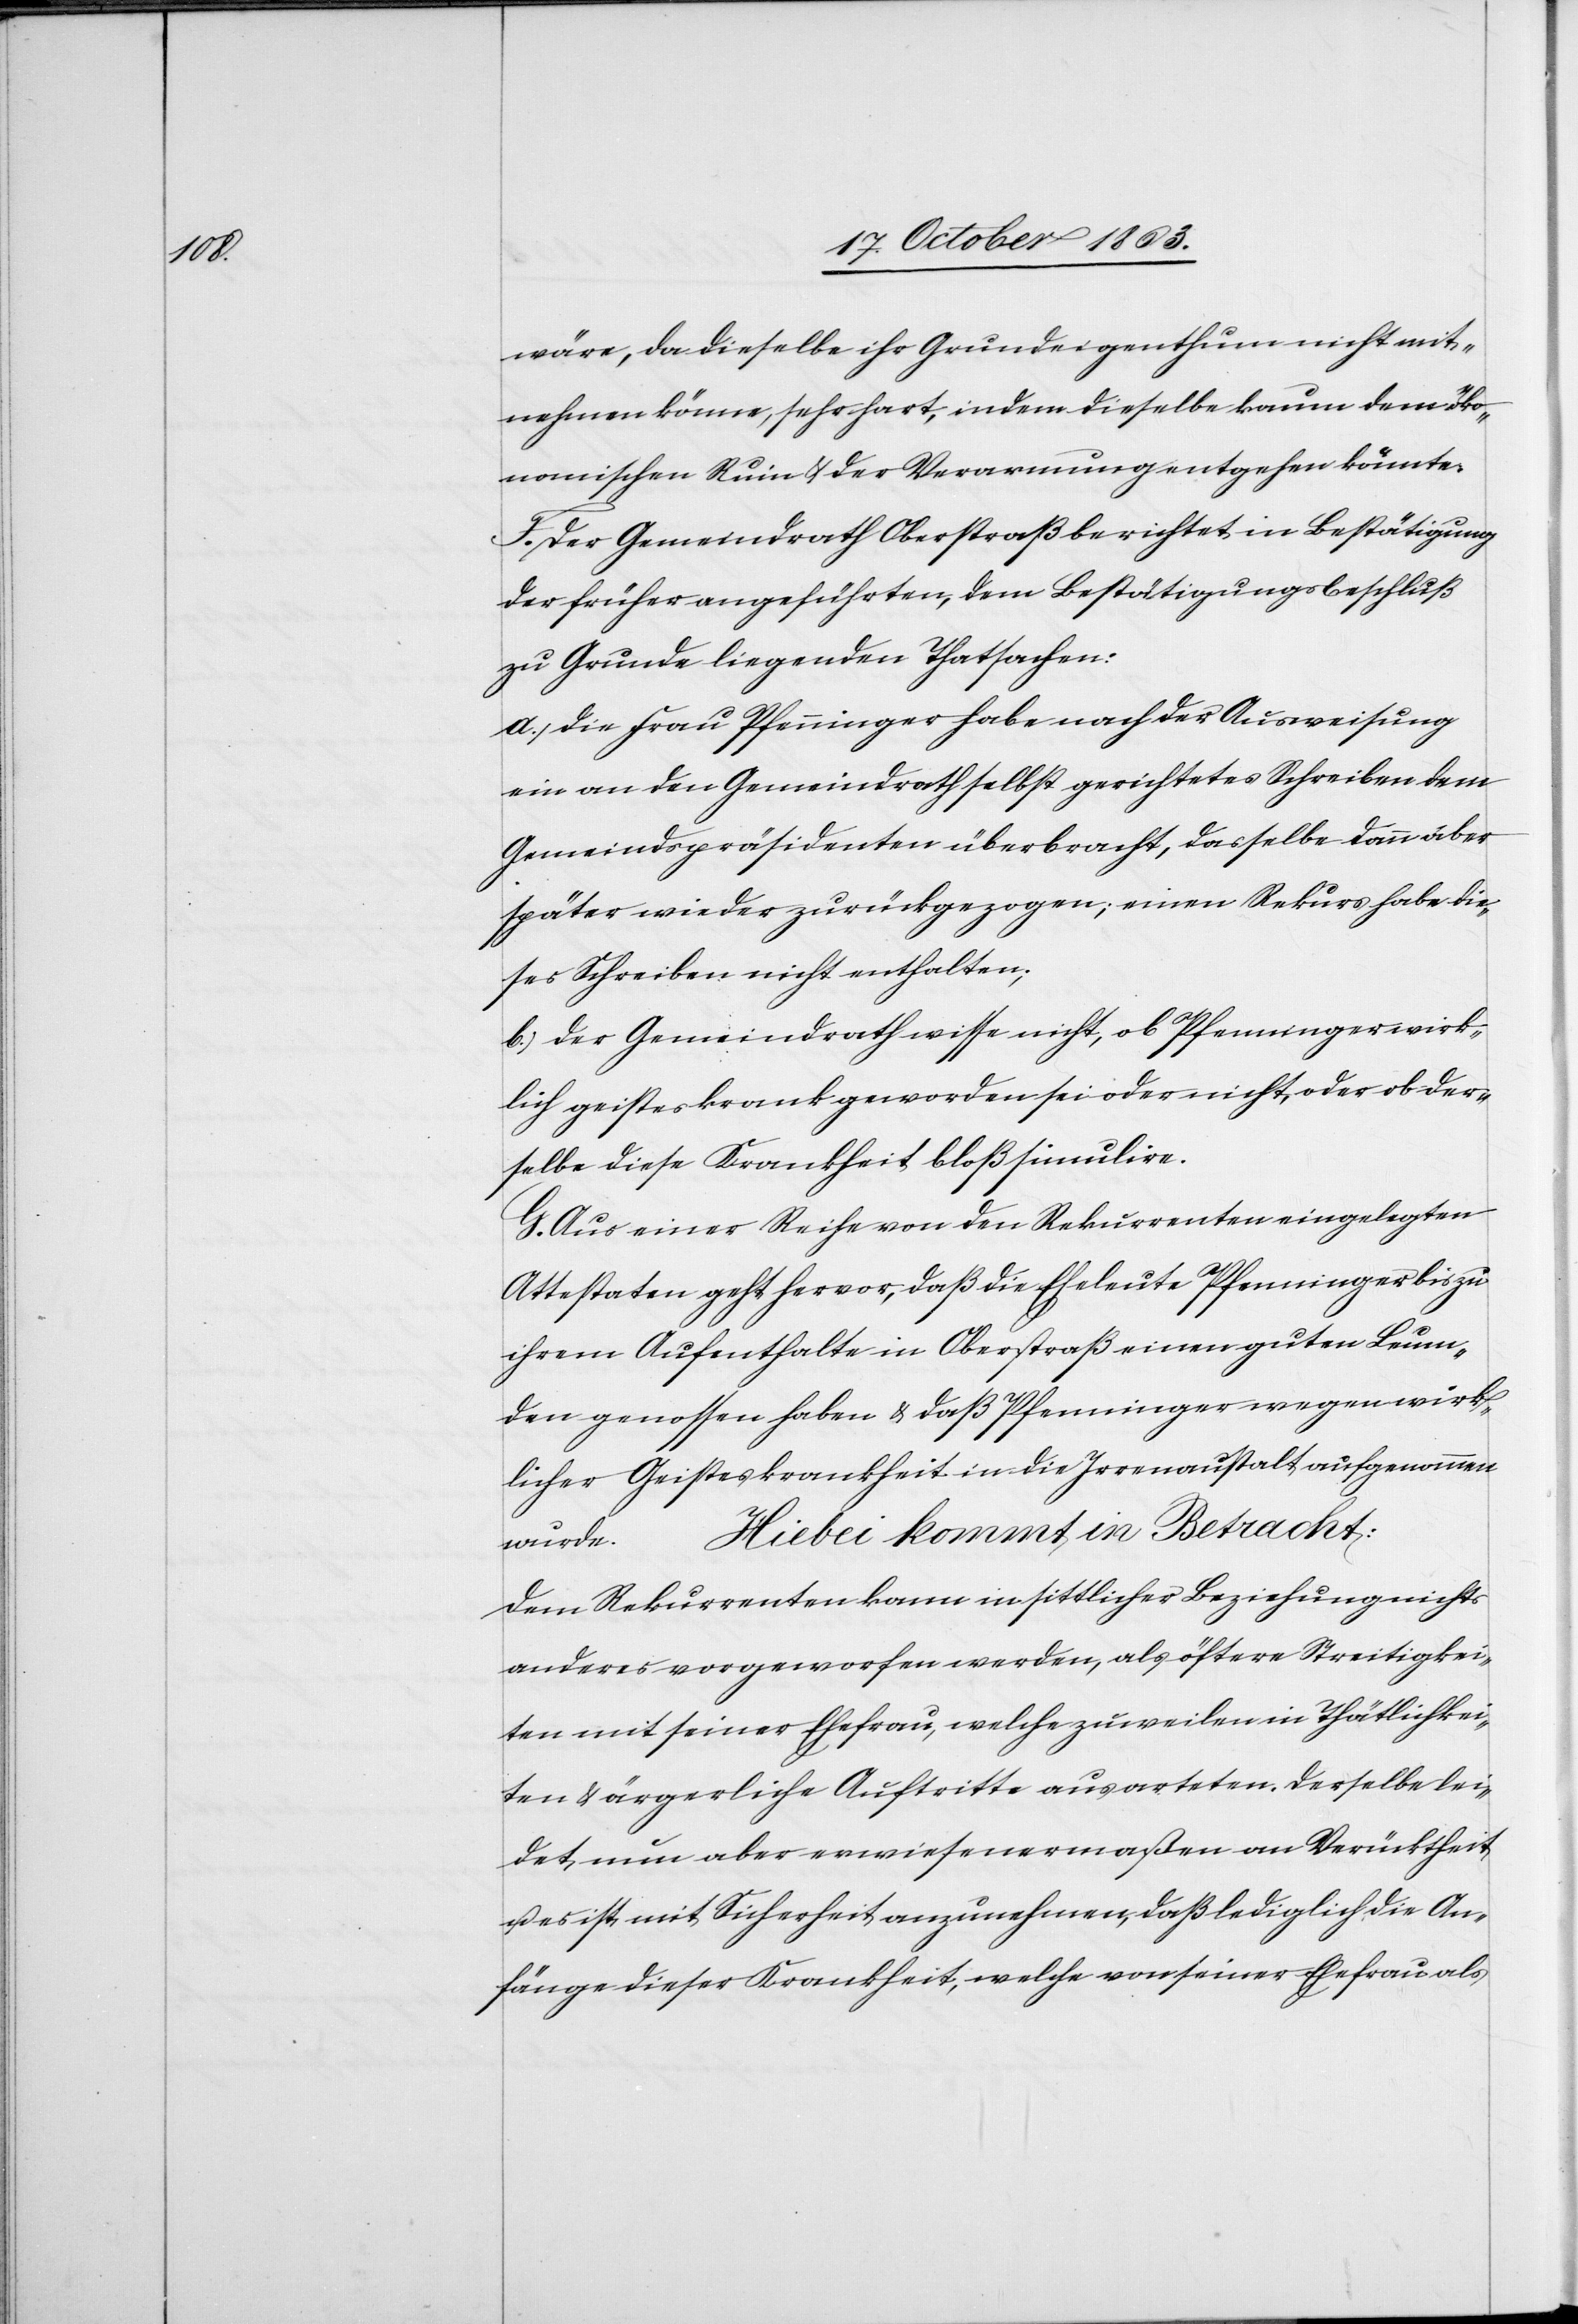
wäre, da dieselbe ihr Grundeigenthum nicht mit¬
nehmen könne, sehr hart, indem dieselbe kaum dem öko¬
nomischen Ruin & der Verarmung entgehen könnte.
F. Der Gemeindrath Oberstraß berichtet in Bestätigung
der früher angeführten, dem Bestätigungsbeschluß
zu Grunde liegenden Thatsachen:
a.) die Frau Pfenninger habe nach der Ausweisung
ein an den Gemeindrath selbst gerichtetes Schreiben dem
Gemeindspräsidenten überbracht, dasselbe dann aber
später wieder zurückgezogen; einen Rekurs habe die¬
ses Schreiben nicht enthalten;
b.) der Gemeindrath wisse nicht, ob Pfenninger wirk¬
lich geisteskrank geworden sei oder nicht, oder ob der¬
selbe diese Krankheit bloß simulire.
G. Aus einer Reihe von den Rekurrenten eingelegten
Attestaten geht hervor, daß die Eheleute Pfenninger bis zu
ihrem Aufenthalte in Oberstraß einen guten Leum¬
den genossen haben & daß Pfenninger wegen wirk¬
licher Geisteskrankheit in die Irrenanstalt aufgenommen
Hiebei kommt in Betracht:
wurde.
Dem Rekurrenten kann in sittlicher Beziehung nichts
anderes vorgeworfen werden, als öftere Streitigkei¬
ten mit seiner Ehefrau, welche zuweilen in Thätlichkei¬
ten & ärgerliche Auftritte ausarteten. Derselbe lei¬
det nun aber erwiesenermaßen an Verücktheit
u. es ist mit Sicherheit anzunehmen, daß lediglich die An¬
fänge dieser Krankheit, welche von seiner Ehefrau als